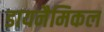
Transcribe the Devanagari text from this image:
डायनैमिकल